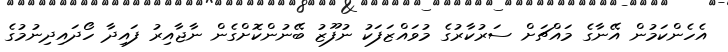
އެހެންކަމުން އޭނާގެ މައްޗަށް ސަރުކާރުގެ މުވައްޒަފަކު ނުފޫޒު ބޭނުންކޮށްގެން ނާޖާއިރު ފައިދާ ހޯދައިދިނުމުގެ